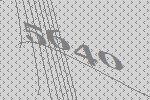
5640